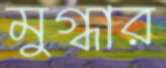
মুগ্ধার